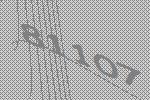
81107